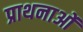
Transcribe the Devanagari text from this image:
प्राथनाओं